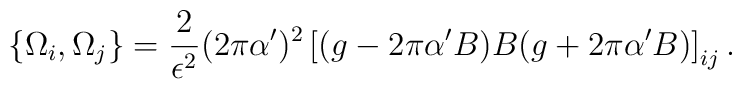
\{\Omega_{i}, \Omega_{j}\}=\frac{2}{\epsilon^2}(2\pi\alpha')^2\left[(g-2\pi\alpha'B)B(g+2\pi\alpha'B)\right]_{ij}.